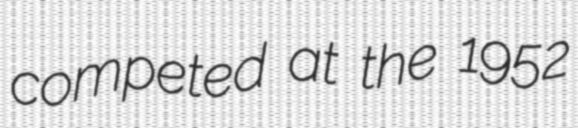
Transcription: competed at the 1952